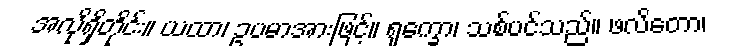
အလိုရှိတိုင်း။ ယထာ၊ ဥပမာအားဖြင့်။ ရုက္ခော၊ သစ်ပင်သည်။ ဖလိတော၊